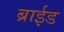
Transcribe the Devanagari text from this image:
ब्राईड